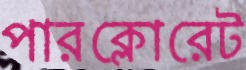
পারক্লোরেট